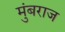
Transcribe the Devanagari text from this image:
मुंबराज